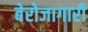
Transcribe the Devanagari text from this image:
बेरोजागारी